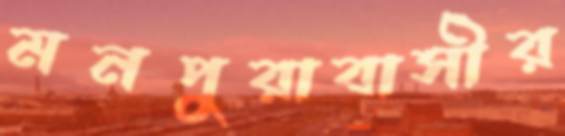
মনপুরাবাসীর